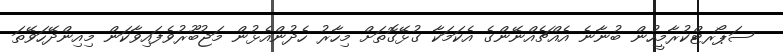
ސަޕޯރޓްކުރާމީހުން ބުނާނެ އެއްޗެއްނޭންގެ އެކަމަކާ ގުޅޭގޮތަށް މިހާރު ހެދުންއެޅުން މަޖުބޫރުވެފައިވާކަން މިއިންދޭހަވޭތަ